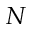
N